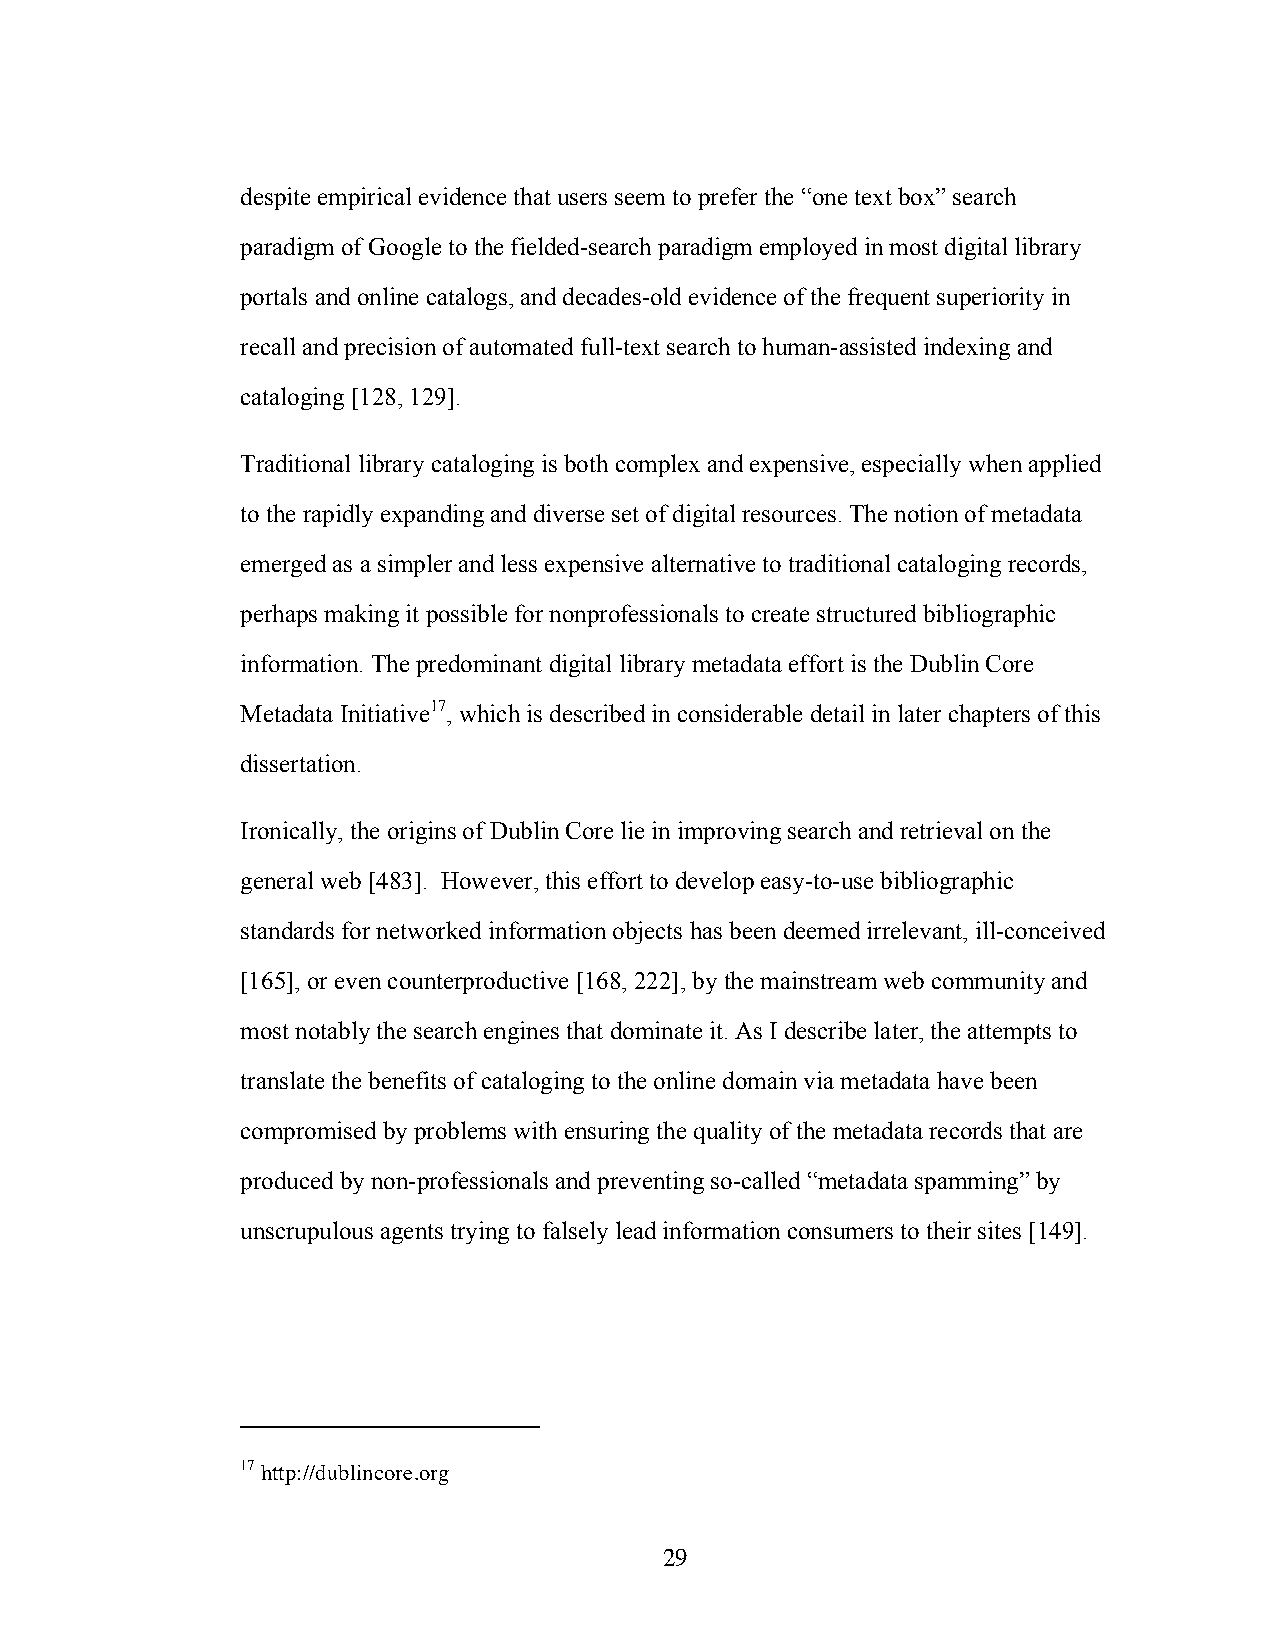
despite empirical evidence that users seem to prefer the “one text box” search
 paradigm of Google to the fielded-search paradigm employed in most digital library
 portals and online catalogs, and decades-old evidence of the frequent superiority in
 recall and precision of automated full-text search to human-assisted indexing and
 cataloging [128, 129].
 Traditional library cataloging is both complex and expensive, especially when applied
 to the rapidly expanding and diverse set of digital resources. The notion of metadata
 emerged as a simpler and less expensive alternative to traditional cataloging records,
 perhaps making it possible for nonprofessionals to create structured bibliographic
 information. The predominant digital library metadata effort is the Dublin Core
 Metadata Initiative17, which is described in considerable detail in later chapters of this
 dissertation.
 Ironically, the origins of Dublin Core lie in improving search and retrieval on the
 general web [483]. However, this effort to develop easy-to-use bibliographic
 standards for networked information objects has been deemed irrelevant, ill-conceived
 [165], or even counterproductive [168, 222], by the mainstream web community and
 most notably the search engines that dominate it. As I describe later, the attempts to
 translate the benefits of cataloging to the online domain via metadata have been
 compromised by problems with ensuring the quality of the metadata records that are
 produced by non-professionals and preventing so-called “metadata spamming” by
 unscrupulous agents trying to falsely lead information consumers to their sites [149].
 17 http://dublincore.org
 29